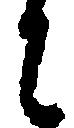
に